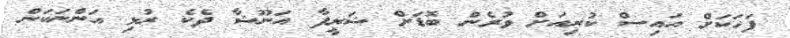
ފަހަކަށް އައިސް ކުރިއަށް ވުރެން ބޮޑަށް ޝަރީފާ އަނޫޝާ ދެކެ ރުޅި އަންނަކަން